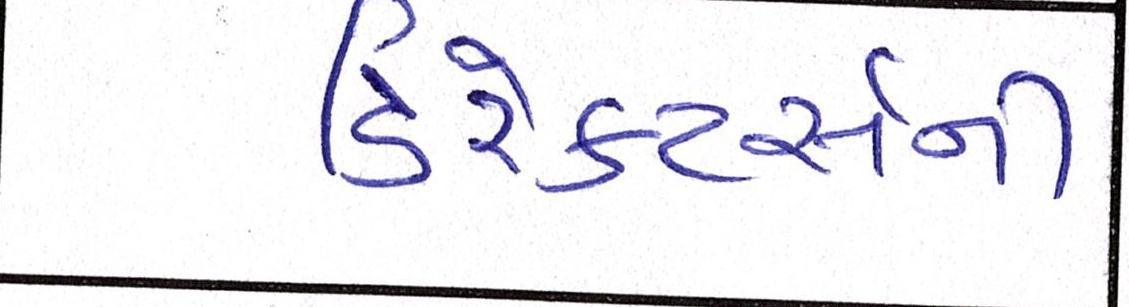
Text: ડિરેક્ટર્સની